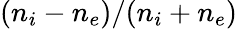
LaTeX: (n_{i}-n_{e})/(n_{i}+n_{e})